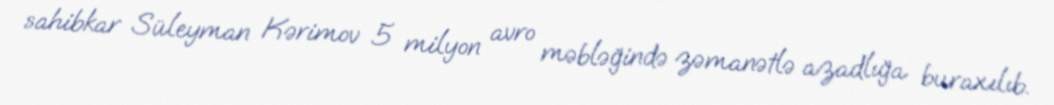
sahibkar Süleyman Kərimov 5 milyon avro məbləğində zəmanətlə azadlığa buraxılıb.